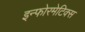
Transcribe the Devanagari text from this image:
इन्फोरमेटिक्स